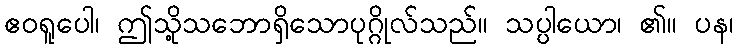
ဧဝရူပေါ၊ ဤသို့သဘောရှိသောပုဂ္ဂိုလ်သည်။ သပ္ပါယော၊ ၏။ ပန၊